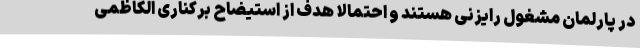
در پارلمان مشغول رایزنی هستند و احتمالا هدف از استیضاح برکناری الکاظمی